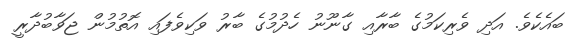
ބައެކެވެ. އަދި ވެރިކަމުގެ ބާރާއި ގާނޫނު ހެދުމުގެ ބާރު ވަކިވެފައި އޮތުމުން ޖަވާބުދާރީ